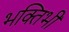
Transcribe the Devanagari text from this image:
भक्तिभी